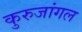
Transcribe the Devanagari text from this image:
कुरुजांगल